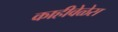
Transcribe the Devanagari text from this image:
काहीवेळेस